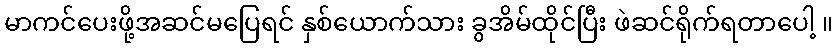
မာကင်ပေးဖို့အဆင်မပြေရင် နှစ်ယောက်သား ခွအိမ်ထိုင်ပြီး ဖဲဆင်ရိုက်ရတာပေါ့ ။